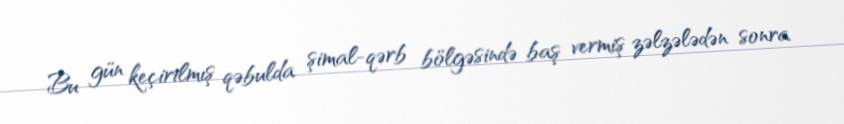
Bu gün keçirilmış qəbulda şimal-qərb bölgəsində baş vermiş zəlzələdən sonra